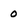
Character: 0